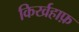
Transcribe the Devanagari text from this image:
किर्खहाफ़